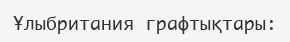
Ұлыбритания графтықтары: